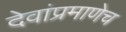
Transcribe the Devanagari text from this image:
देवांप्रमाणेच